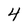
Character: 4